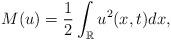
LaTeX: \begin{align*} M(u)=\frac{1}{2}\int_{\mathbb R}u^2(x,t)dx,\end{align*}